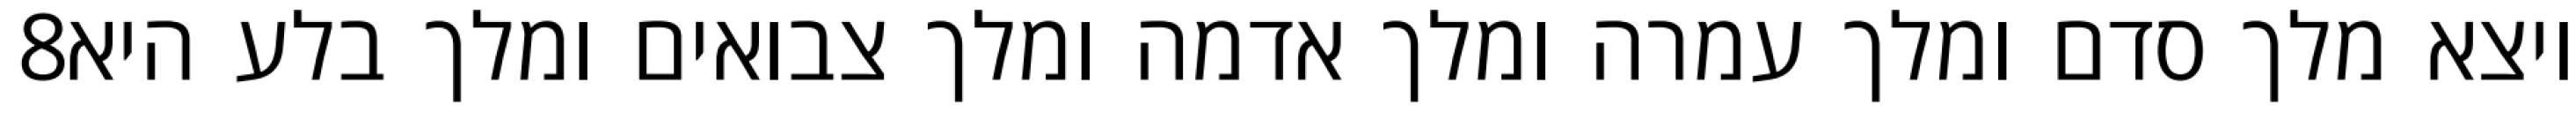
‎8‏ ויצא מלך סדם ומלך עמרה ומלך אדמה ומלך צבואים ומלך בלע היא